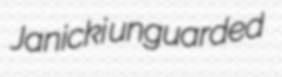
Janicki unguarded